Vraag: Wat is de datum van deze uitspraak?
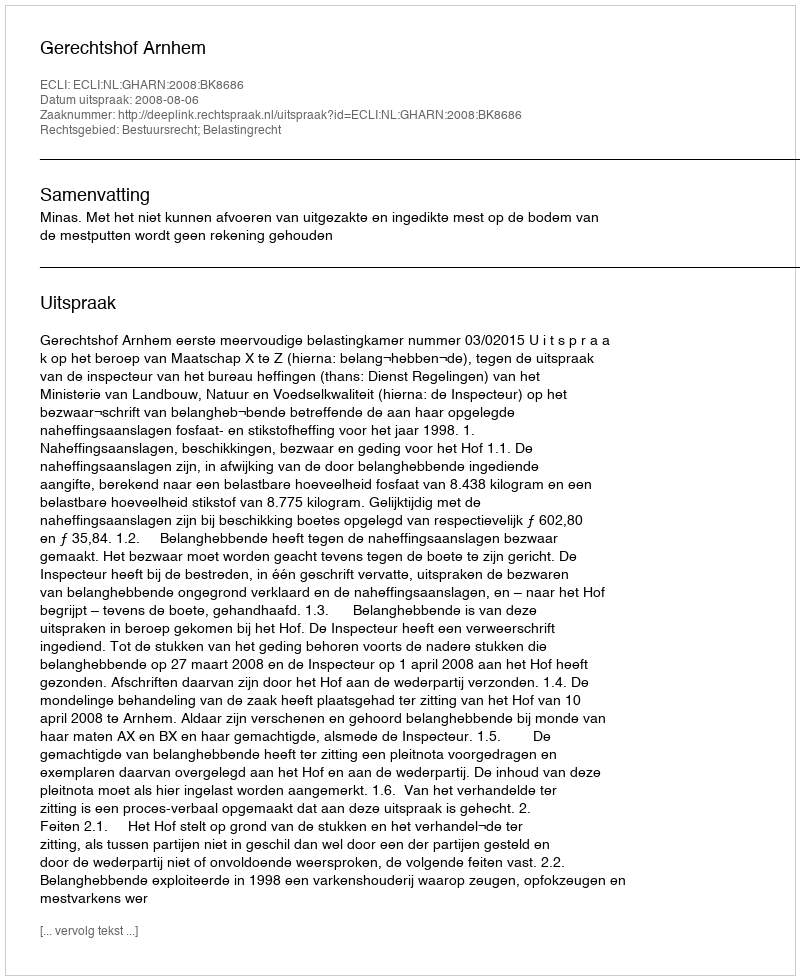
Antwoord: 2008-08-06